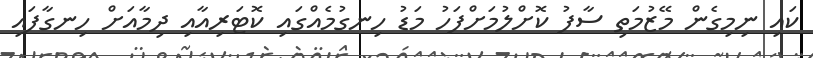
ކައި ނިމިގެން މޭޒުމަތި ސާފު ކޮށްލުމަށްފަހު މަޑު ހިނގުމެއްގައި ކޮޓަރިއާއި ދިމާއަށް ހިނގާފައި